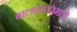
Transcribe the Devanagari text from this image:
बालकांडामध्ये